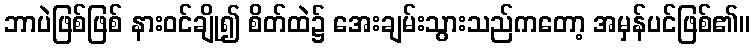
ဘာပဲဖြစ်ဖြစ် နားဝင်ချို၍ စိတ်ထဲ၌ အေးချမ်းသွားသည်ကတော့ အမှန်ပင်ဖြစ်၏။